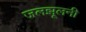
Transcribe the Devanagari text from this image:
जलझूलनी